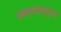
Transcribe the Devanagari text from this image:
नवाबाकडून